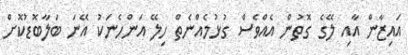
އައިޒާން އާއި ލޭގެ ގޮތުން އެއްވެސް ގުޅުމެއްނެތް ހިލޭ އަންހެނަކު އޭނަ ބަލާބޮޑުކޮށް